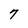
Character: 7